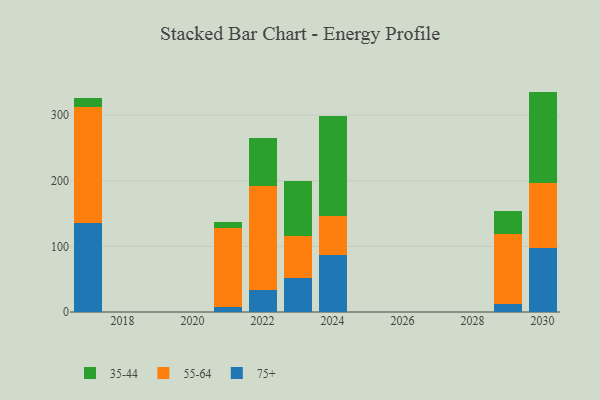
{"axis": {"x": "Year", "y": "Revenue (USD Million)"}, "legend": ["35-44", "55-64", "75+"], "data": [{"x": "2021", "y": 8.2, "type": "75+"}, {"x": "2021", "y": 119.6, "type": "55-64"}, {"x": "2021", "y": 10.1, "type": "35-44"}, {"x": "2017", "y": 135.3, "type": "75+"}, {"x": "2017", "y": 177.3, "type": "55-64"}, {"x": "2017", "y": 13.7, "type": "35-44"}, {"x": "2024", "y": 86.8, "type": "75+"}, {"x": "2024", "y": 60.1, "type": "55-64"}, {"x": "2024", "y": 152.2, "type": "35-44"}, {"x": "2029", "y": 11.6, "type": "75+"}, {"x": "2029", "y": 107.1, "type": "55-64"}, {"x": "2029", "y": 34.6, "type": "35-44"}, {"x": "2030", "y": 97.7, "type": "75+"}, {"x": "2030", "y": 99.0, "type": "55-64"}, {"x": "2030", "y": 139.3, "type": "35-44"}, {"x": "2022", "y": 33.3, "type": "75+"}, {"x": "2022", "y": 158.9, "type": "55-64"}, {"x": "2022", "y": 72.7, "type": "35-44"}, {"x": "2023", "y": 52.3, "type": "75+"}, {"x": "2023", "y": 63.8, "type": "55-64"}, {"x": "2023", "y": 83.7, "type": "35-44"}]}